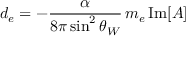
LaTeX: d _ { e } = - \frac { \alpha } { 8 \pi \sin ^ { 2 } \theta _ { W } } \, m _ { e } \, \mathrm { I m } [ A ]